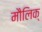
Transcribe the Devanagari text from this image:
मौलिक्